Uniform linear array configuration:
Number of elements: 64
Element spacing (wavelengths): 0.75
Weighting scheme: uniform
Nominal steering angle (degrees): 15
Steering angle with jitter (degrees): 15.956
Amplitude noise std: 0.05
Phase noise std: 0.05

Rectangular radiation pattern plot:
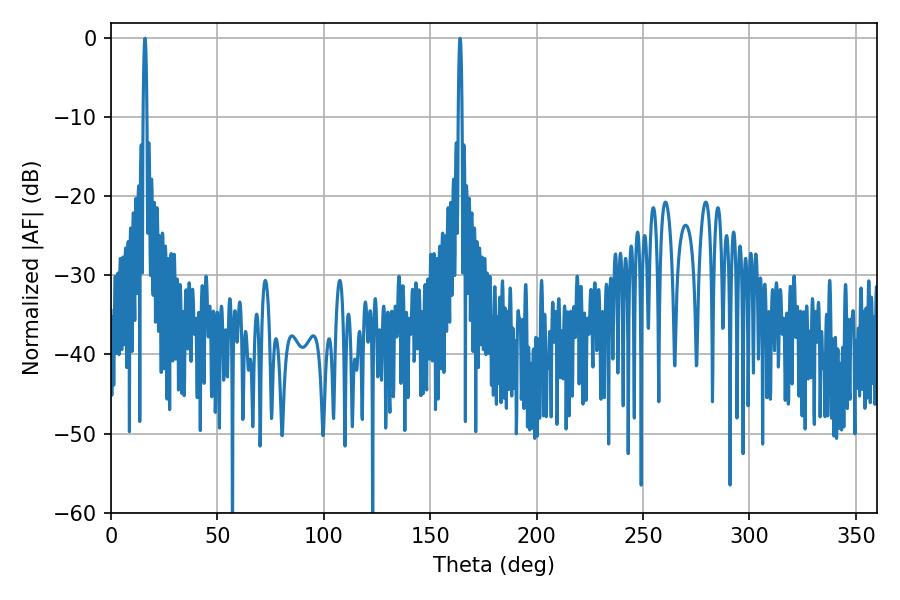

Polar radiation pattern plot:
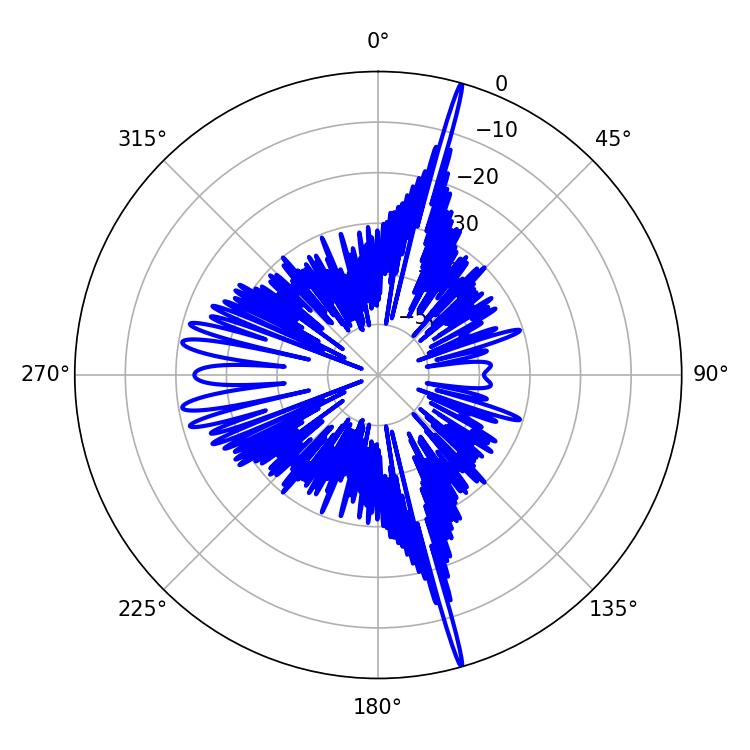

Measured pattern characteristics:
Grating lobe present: TRUE
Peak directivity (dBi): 23.308
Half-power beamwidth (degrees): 0.9
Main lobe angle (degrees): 16.02